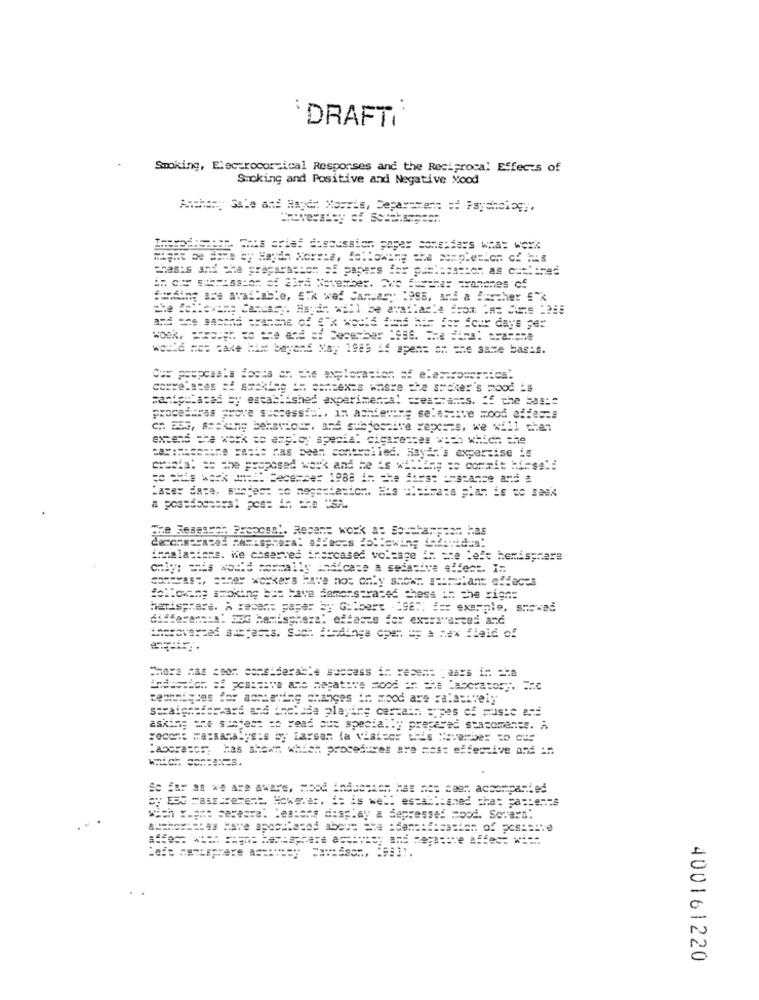
DRAFT
Smoking, Electrocortical Responses and the Reciprocal Effects of
Smoking and Positive and Negative Nood
Anchery Sale and Hayd :: Nouris, Department of Psychology.
REGIS This crist discussion paper considers what werk
:: car stemission st 23rd November. Are Justhar cranenes of
"modine are available, ETk waf January 1995, and a further £"x
would nes cake him bayand May 1985 if spens ch che sare basis.
Cus proposala Focca an. the exploration of elescrocsrmica.
correlates =f staking In concexes where the smoker's mood is
panteslaced by established experimenta! creacranes. #5 che bas ::
procedures prove successie :, in achieving selessive mood effect#
c .: BS3, === king behaviour, and subjective xepc == s, we will chen
extend the work to employ special cigaresces with which the
=A ======== ne atie has been controlled. Hayar.'s expertise is
chucha! = the proposed work and he is willing =o commit Hirse !!
==== === ==== December 1988 in the first instance and #
Later date, subject so negestation. His :heimata plan is to seek
a postdoctoral pos: in the USA.
insalasions. Ke caserved inarcased voltage in =te lefe hemisphere
chiy: = is would normally andicase a seiasive affect. I:
caseyas :, coney workers have not only shows stimulant effaces
following smoking bat have demonstrated chess in the signs
hatisphere. A recen: pagar by Gilbert .1987; f= exemple, showed
thereversed stbfacts. Sach Findings open up a Mex field of
Chers nas cson considerable success in reses: : aars in cha
technderes der ach:amihig changes in mood are Halasively
a thelade playing certain synes of music ent
asking ane sucjest zo read aux specially prepared stasomants. A
recen: Matsanalysis by larsen (a visiter this November to que
Laborator, has shown which procedures are most effective and in
So Far as we Are aware, Mood induction has no: caer. accompanied
by ESS masstrerest. However. = is well established chat patients
w == h ===== sareste. lessons display a depressed Food. Soraya!
400161220